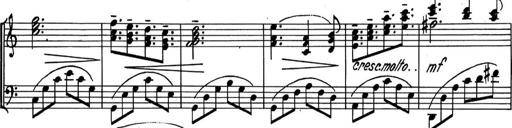
Title: Kleine Sonate
Composer: Raoul Koczalski
Key: C major